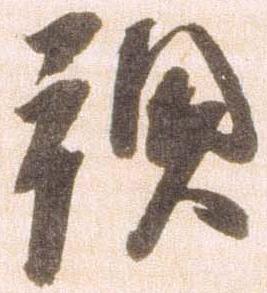
預